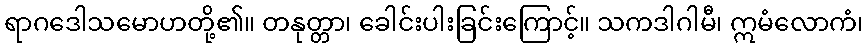
ရာဂဒေါသမောဟတို့၏။ တနုတ္တာ၊ ခေါင်းပါးခြင်းကြောင့်။ သကဒါဂါမီ၊ ဣမံလောကံ၊